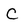
Character: c